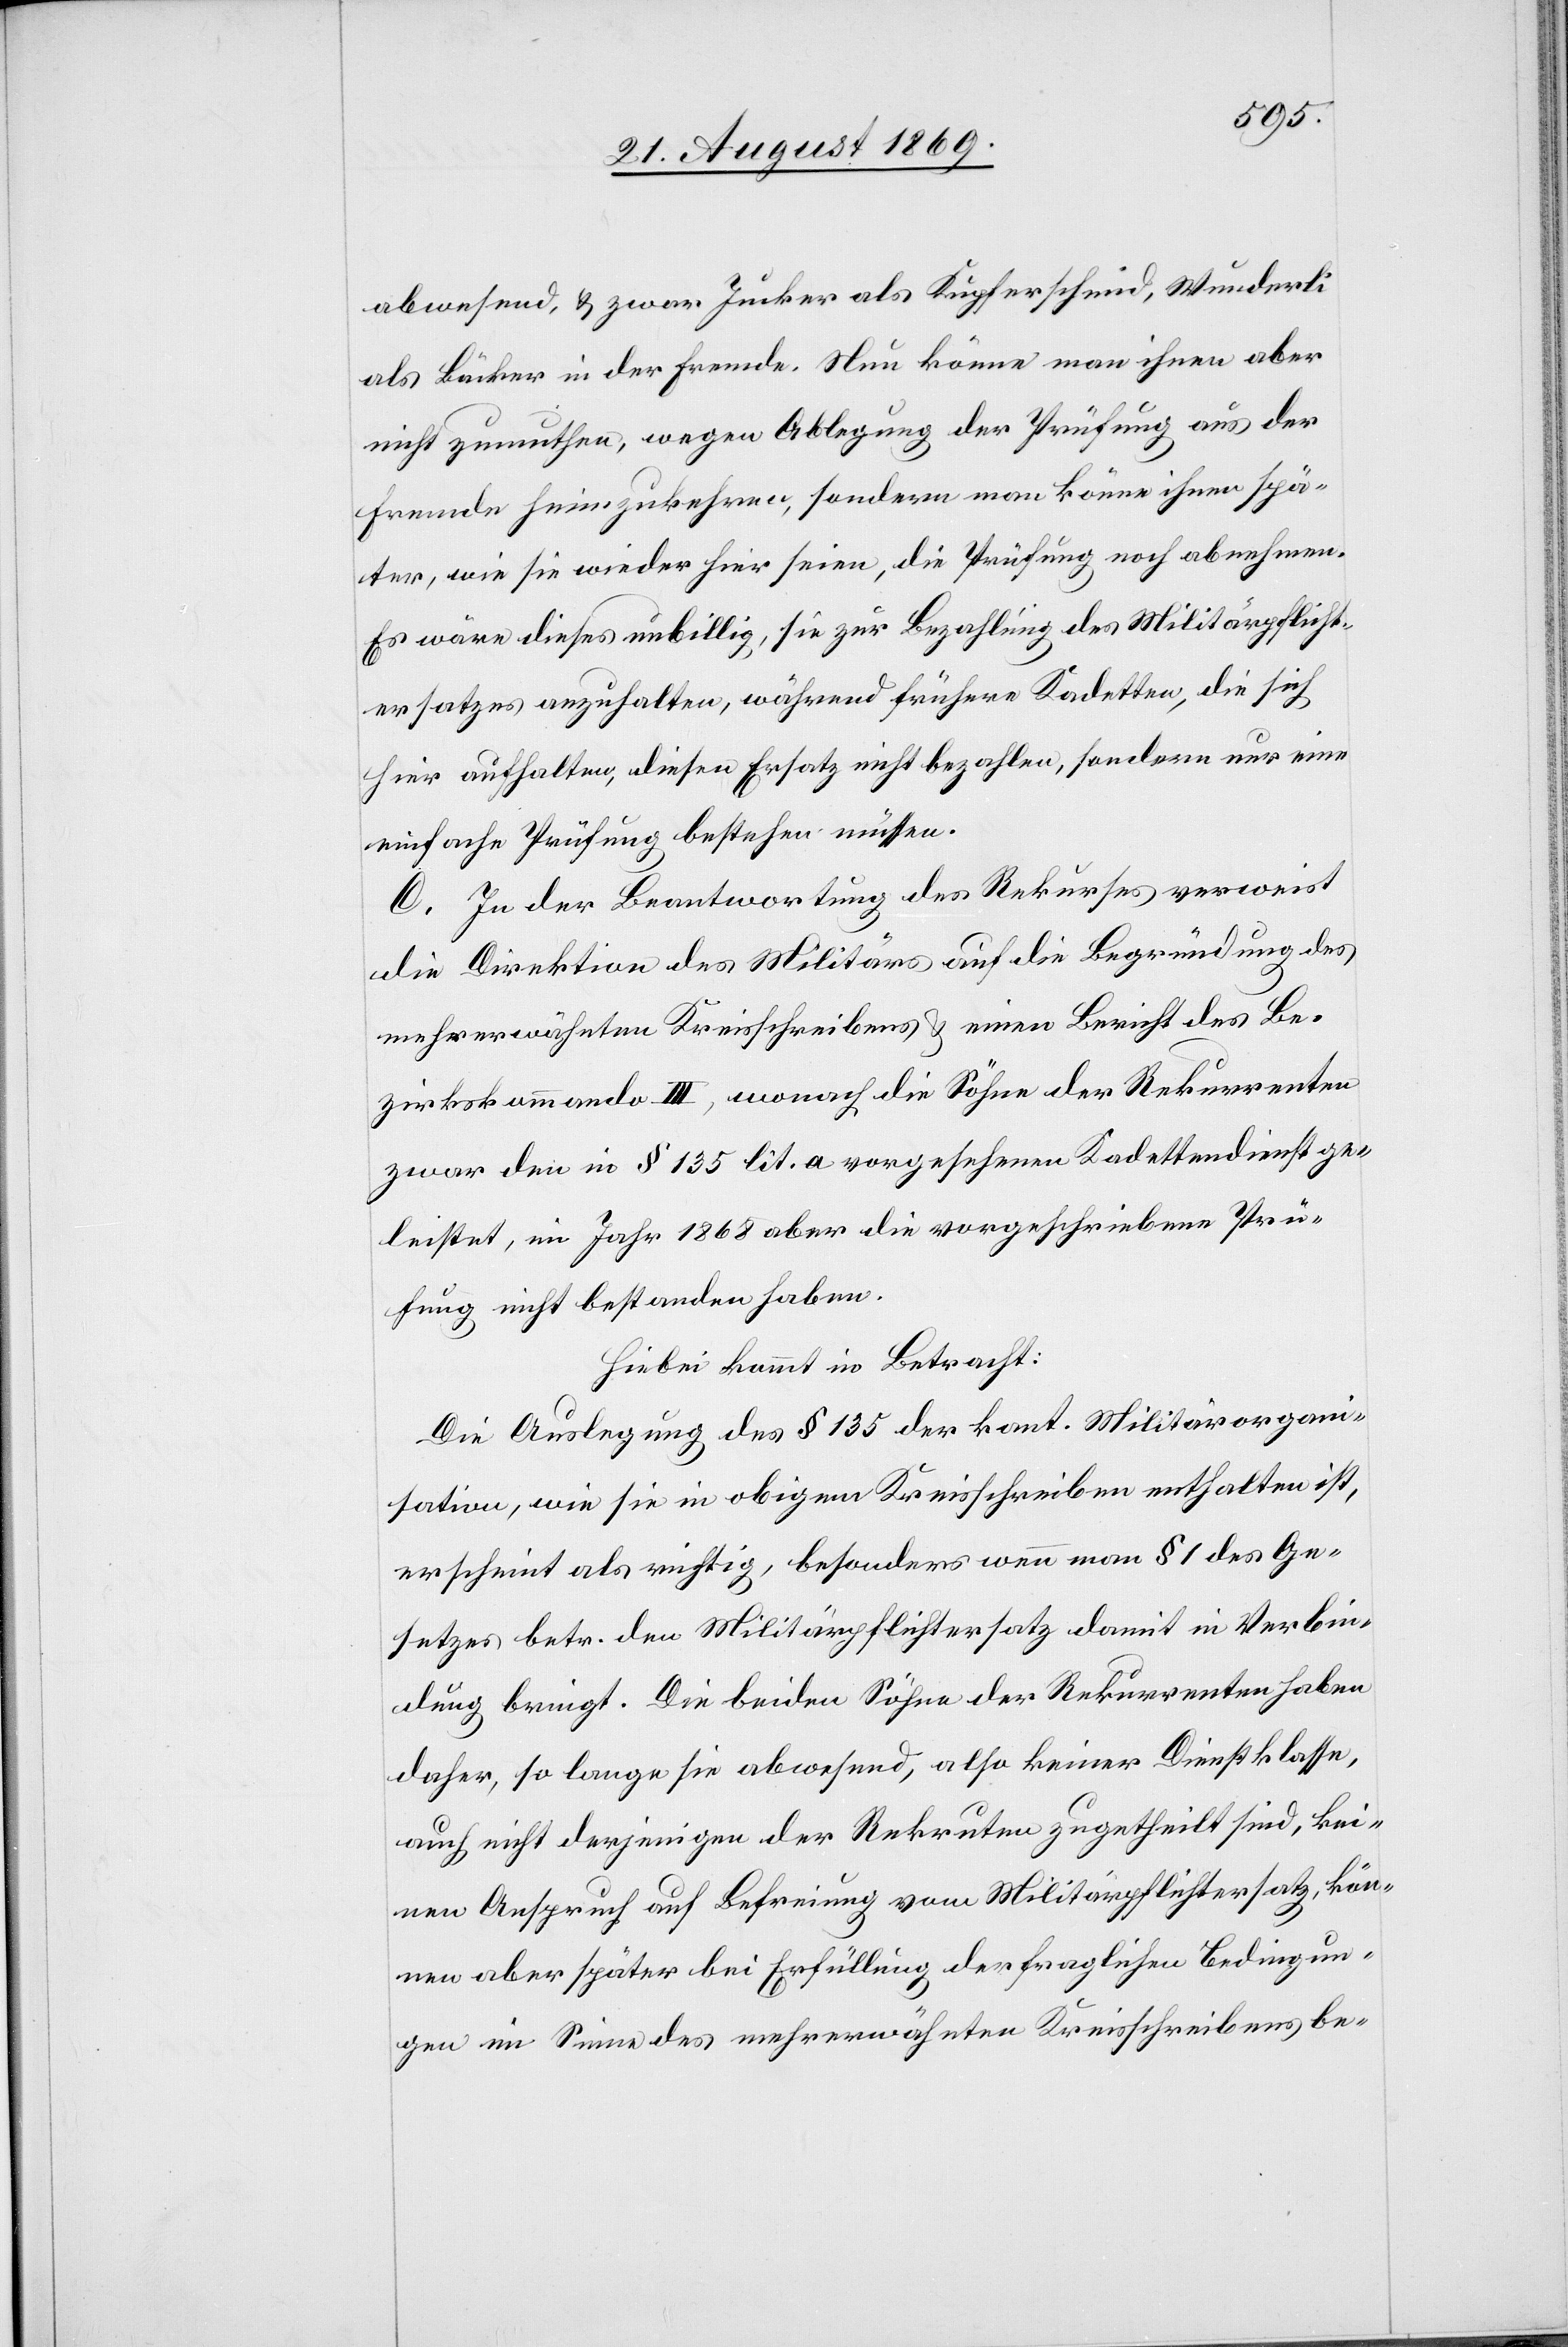
abwesend, & zwar Jucker als Kupferschmid, Wunderli
als Bäcker in der Fremde. Nun könne man ihnen aber
nicht zumuthen, wegen Ablegung der Prüfung aus der
Fremde heimzukehren, sondern man könne ihnen spä¬
ter, wie sie wieder hier seien, die Prüfung noch abnehmen.
Es wäre dieses unbillig, sie zur Bezahlung des Militärpflicht¬
ersatzes anzuhalten, während frühere Kadetten, die sich
hier aufhalten, diesen Ersatz nicht bezahlen, sondern nur eine
einfache Prüfung bestehen müssen.
C. In der Beantwortung des Rekurses verweist
die Direktion des Militärs auf die Begründung des
mehrerwähnten Kreisschreibens & einen Bericht des Be¬
zirkskommando III, wonach die Söhne der Rekurrenten
zwar den in § 135 lit. a vorgesehenen Kadettendienst ge¬
leistet, im Jahr 1868 aber die vorgeschriebene Prü¬
fung nicht bestanden haben.
Hiebei kommt in Betracht:
Die Auslegung des § 135 der kant. Militärorgani¬
sation, wie sie in obigem Kreisschreiben enthalten ist,
erscheint als richtig, besonders wenn man § 1 des Ge¬
setzes betr. den Militärpflichtersatz damit in Verbin¬
dung bringt. Die beiden Söhne der Rekurrenten haben
daher, so lange sie abwesend, also keiner Dienstklasse,
auch nicht derjenigen der Rekruten zugetheilt sind, kei¬
nen Anspruch auch Befreiung vom Militärpflichtersatz, kön¬
nen aber später bei Erfüllung der fraglichen Bedingun¬
gen im Sinne des mehrerwähnten Kreisschreibens be-